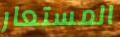
المستعار